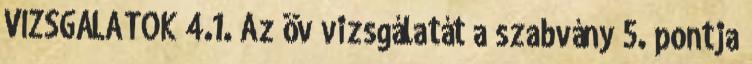
VIZSGÁLATOK 4.1. Az öv vizsgálatát a szabvány 5. pontja